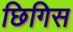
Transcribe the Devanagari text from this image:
छिगिस